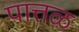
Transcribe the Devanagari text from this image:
पात्तळ